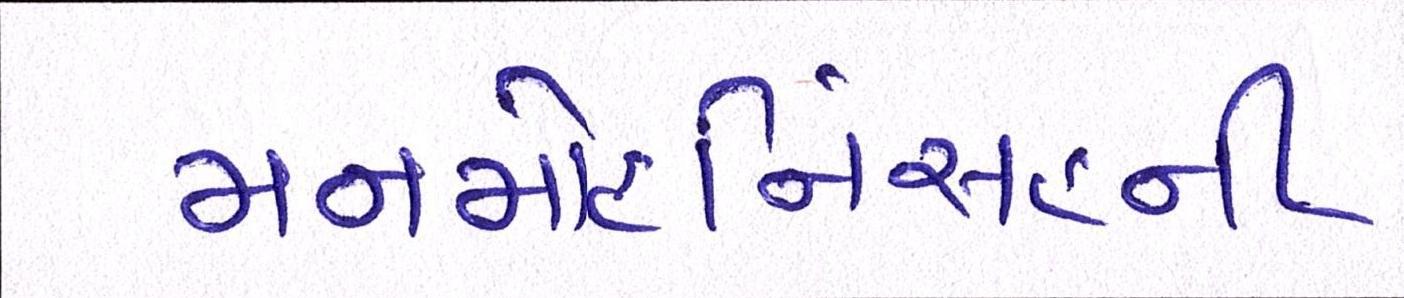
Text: મનમોહનિંસહની